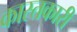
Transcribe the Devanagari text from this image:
कास्तकारी